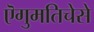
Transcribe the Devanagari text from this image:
ऎगुमतिचेसे